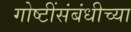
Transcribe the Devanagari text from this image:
गोष्टींसंबंधीच्या